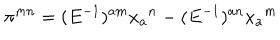
\pi ^ { m n } = ( E ^ { - 1 } ) ^ { a m } x _ { a } { } ^ { n } - ( E ^ { - 1 } ) ^ { a n } x _ { a } { } ^ { m }